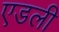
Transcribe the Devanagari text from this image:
एडली